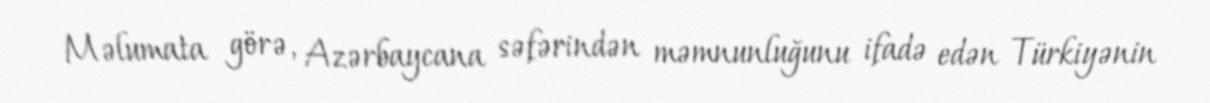
Məlumata görə, Azərbaycana səfərindən məmnunluğunu ifadə edən Türkiyənin